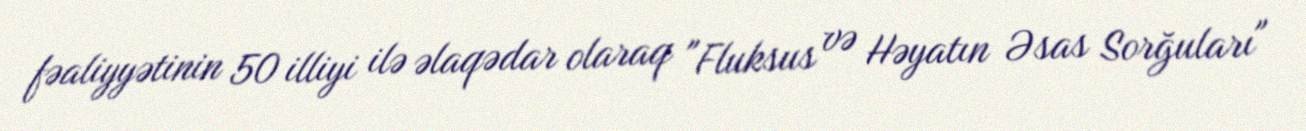
fəaliyyətinin 50 illiyi ilə əlaqədar olaraq "Fluksus və Həyatın Əsas Sorğuları"